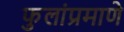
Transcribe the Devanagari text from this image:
फुलांप्रमाणे